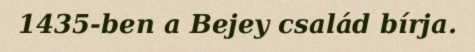
1435-ben a Bejey család bírja.